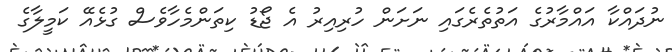
ނުދައްކާ އައްމާރުގެ އަތުތެރެގައި ނަށަން ހުރިއިރު އެ ޖޯޑު ކިތަންމެހާވެސް ގުޅެއޭ ކަމީލާގެ